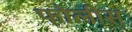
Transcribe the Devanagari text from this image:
फोलीस